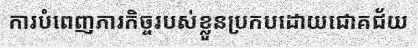
ការបំពេញភារកិច្ចរបស់ខ្លួនប្រកបដោយជោគជ័យ